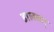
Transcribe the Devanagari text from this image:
डालकर्